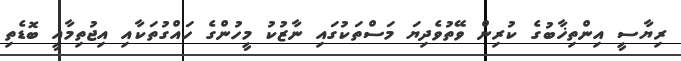
ރިޔާސީ އިންތިޚާބުގެ ކުރިން ވޭތުވެދިޔަ މަސްތަކުގައި ނާޒުކު މީހުންގެ ހައްގުތަކާއި އިޖުތިމާއީ ބޮޑެތި